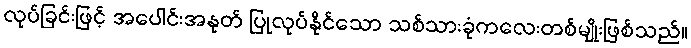
လုပ်ခြင်းဖြင့် အပေါင်းအနုတ် ပြုလုပ်နိုင်သော သစ်သားခုံကလေးတစ်မျိုးဖြစ်သည်။